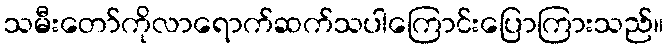
သမီးတော်ကိုလာရောက်ဆက်သပါကြောင်းပြောကြားသည်။